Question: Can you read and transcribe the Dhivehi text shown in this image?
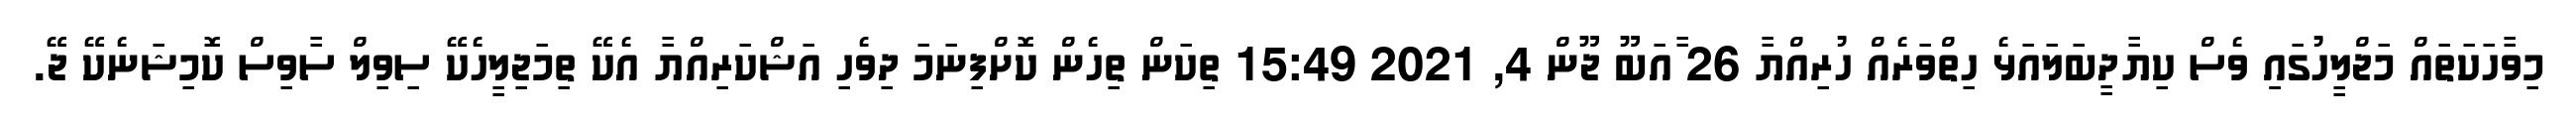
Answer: މިވާހަކަތައް މަޖްލީހުގައިި ވެސް ކިޔާދީބަލައަޅެ ހިތްވަރެއް ހުރިއްޔާ 26 ާއަބޫ ޖޫން 4, 2021 15:49 ތިކަން ތިހެން ކޮށްފިނަމަ ދިވެހި އަޝްކަރިއްޔާ އެކޭ ތިމަޖިލީހެކޭ ސިވިލް ސާވިސް ކޮމިޝަނެކޭ ޖޭ.